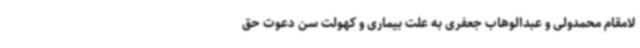
لامقام محمدولی و عبدالوهاب جعفری به علت بیماری و کهولت سن دعوت حق